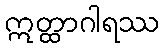
ဣတ္ထာဂါရဿ